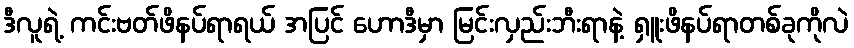
ဒီလူရဲ့ ကင်းဗတ်ဖိနပ်ရာရယ် အပြင် ဟောဒီမှာ မြင်းလှည်းဘီးရာနဲ့ ရှူးဖိနပ်ရာတစ်ခုကိုလဲ